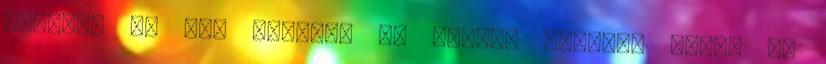
dologra és már lapátra is tette. Szerzői jogok Az